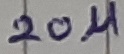
Text: 20µ